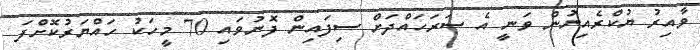
ވާއިރު ޔުކްރެއިނުން ވަނީ އެ ސަރަހައްދަށް ސިފައިން ފޮނުވައި 70 މީހަކު ހައްޔަރުކޮށްފަ